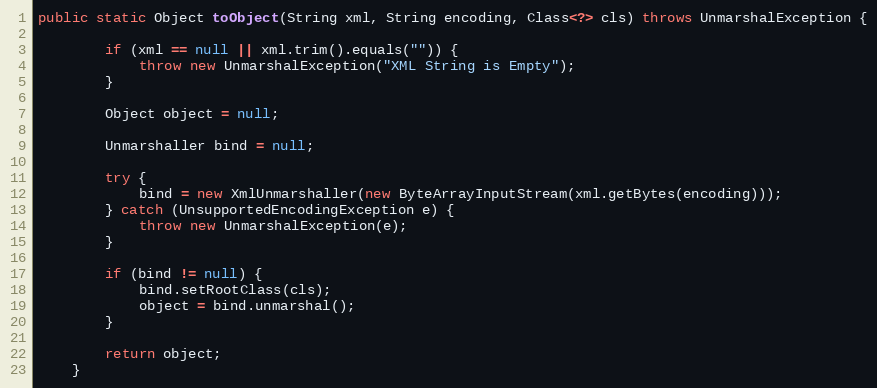
Language: Java
public static Object toObject(String xml, String encoding, Class<?> cls) throws UnmarshalException {

		if (xml == null || xml.trim().equals("")) {
			throw new UnmarshalException("XML String is Empty");
		}

		Object object = null;

		Unmarshaller bind = null;

		try {
			bind = new XmlUnmarshaller(new ByteArrayInputStream(xml.getBytes(encoding)));
		} catch (UnsupportedEncodingException e) {
			throw new UnmarshalException(e);
		}

		if (bind != null) {
			bind.setRootClass(cls);
			object = bind.unmarshal();
		}

		return object;
	}